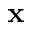
\mathbf { x }